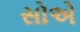
સોએ